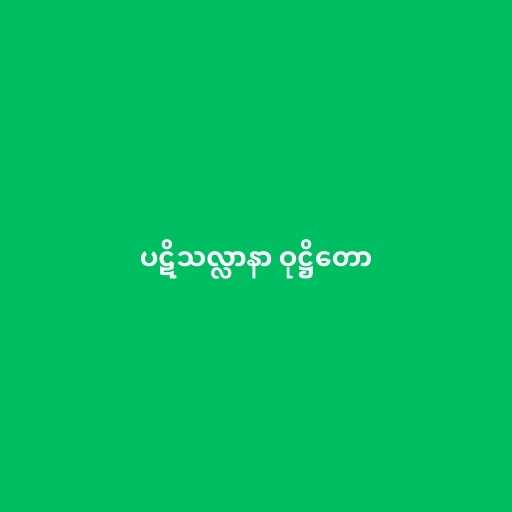
ပဋိသလ္လာနာ ဝုဋ္ဌိတော